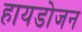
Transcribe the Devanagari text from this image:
हायडोजन